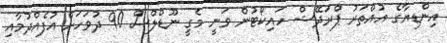
އިންޑިޔާގެ އުއްތަރު ޕްރަދޭޝް ހައިކޯޓުން ވަނީ މެގީ ނޫޑްލްސް 90 ދުވަހަށް އުފެއްދުމާއި